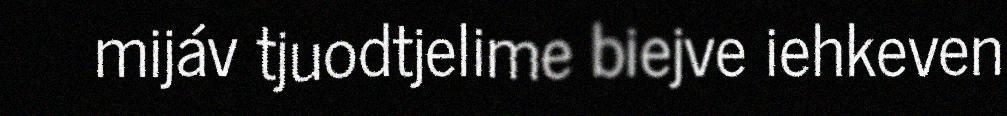
mijáv tjuodtjelime biejve iehkeven